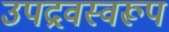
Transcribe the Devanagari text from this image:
उपद्रवस्वरूप